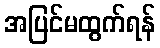
အပြင်မထွက်ရန်